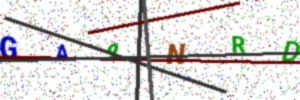
Text: GA9NRD